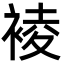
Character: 裬